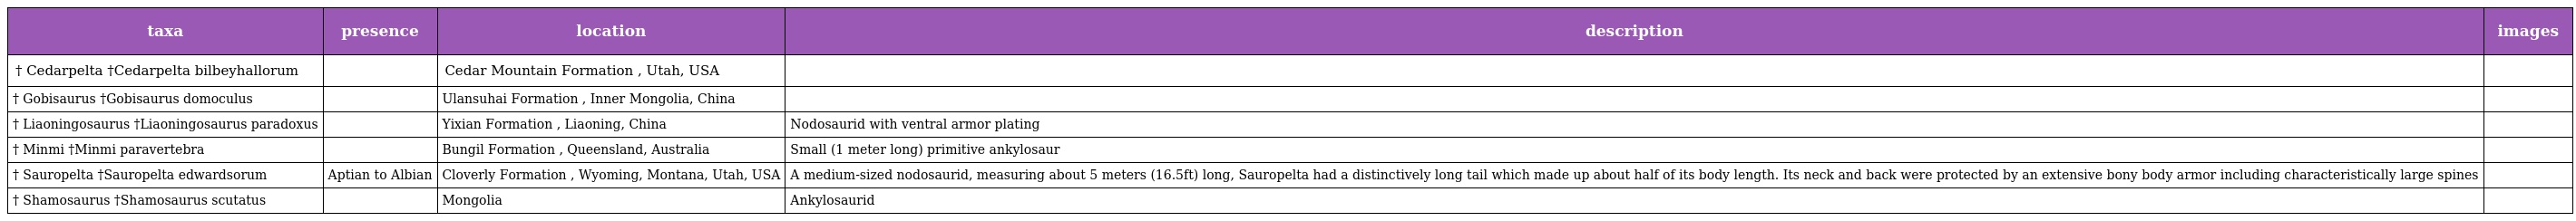
| taxa | presence | location | description | images |
 | --- | --- | --- | --- | --- |
 | † Cedarpelta †Cedarpelta bilbeyhallorum |  | Cedar Mountain Formation , Utah, USA |  |  |
 | † Gobisaurus †Gobisaurus domoculus |  | Ulansuhai Formation , Inner Mongolia, China |  |  |
 | † Liaoningosaurus †Liaoningosaurus paradoxus |  | Yixian Formation , Liaoning, China | Nodosaurid with ventral armor plating |  |
 | † Minmi †Minmi paravertebra |  | Bungil Formation , Queensland, Australia | Small (1 meter long) primitive ankylosaur |  |
 | † Sauropelta †Sauropelta edwardsorum | Aptian to Albian | Cloverly Formation , Wyoming, Montana, Utah, USA | A medium-sized nodosaurid, measuring about 5 meters (16.5ft) long, Sauropelta had a distinctively long tail which made up about half of its body length. Its neck and back were protected by an extensive bony body armor including characteristically large spines |  |
 | † Shamosaurus †Shamosaurus scutatus |  | Mongolia | Ankylosaurid |  |